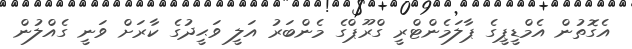
އެގޮތުން އެމްޑީޕީގެ ޕާލަމެންޓްރީ ގްރޫޕްގެ މެންބަރު އަލީ ވަޙީދުގެ ކާރަށް ވަނީ ގެއްލުން